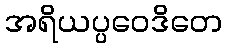
အရိယပ္ပဝေဒိတေ